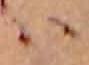
ハ